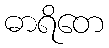
ဓာရိတေ